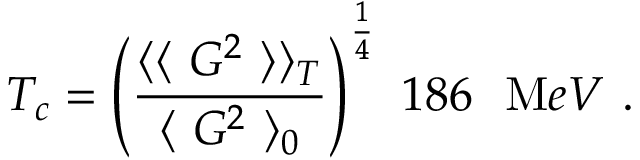
T _ { c } = \left( \frac { \langle \langle ~ G ^ { 2 } ~ \rangle \rangle _ { T } } { \langle ~ G ^ { 2 } ~ \rangle _ { 0 } } \right) ^ { \frac 1 4 } ~ 1 8 6 ~ ~ { \mathrm M e V } ~ .